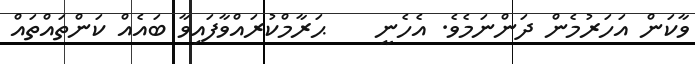
ވާކަން އަހަރުމެން ދަންނަމެވެ. އެހެނީ    ޙަރާމްކުރައްވާފައިވާ ބައެއް ކަންތައްތައް